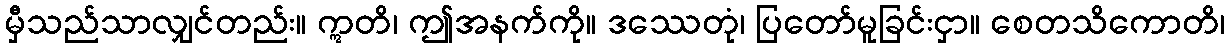
မှီသည်သာလျှင်တည်း။ ဣတိ၊ ဤအနက်ကို။ ဒဿေတုံ၊ ပြတော်မူခြင်းငှာ။ စေတသိကောတိ၊